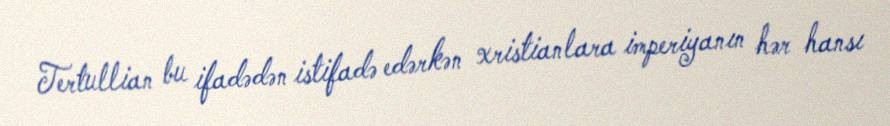
Tertullian bu ifadədən istifadə edərkən xristianlara imperiyanın hər hansı